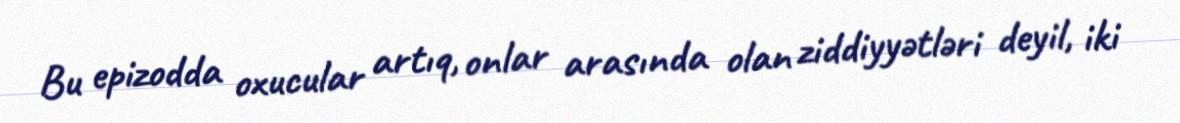
Bu epizodda oxucular artıq, onlar arasında olan ziddiyyətləri deyil, iki